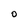
Character: O